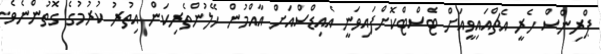
ޕްރިންސް ހެރީ އެޗްއައިވީއަށް ޓެސްޓްކޮށްފައިވަނީ އެއިޑްސްއަށް އާއްމުން ހޭލުންތެރިކަން އިތުރު ކުރުމުގެ ގޮތުންނެވެ.